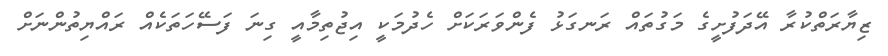
ޒިޔާރަތްކުރާ އޭދަފުށީގެ މަގުތައް ރަނގަޅު ފެންވަރަކަށް ހެދުމަކީ އިޖުތިމާއީ ގިނަ ފަސޭހަތަކެއް ރައްޔިތުންނަށް